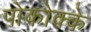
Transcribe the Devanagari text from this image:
पोकोक्के